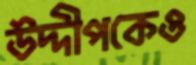
উদ্দীপকেও